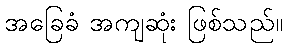
အခြေခံ အကျဆုံး ဖြစ်သည်။